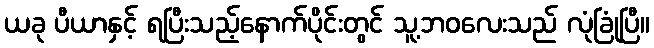
ယခု ပီယာနှင့် ရပြီးသည့်နောက်ပိုင်းတွင် သူ့ဘဝလေးသည် လုံခြုံပြီ။